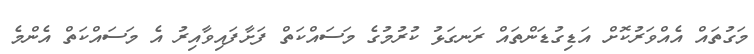
މަގުތައް އެއްވަރުކޮށް އަޑިގުޑަންތައް ރަނގަޅު ކުރުމުގެ މަސައްކަތް ފަށާފައިވާއިރު އެ މަސައްކަތް އެންމެ